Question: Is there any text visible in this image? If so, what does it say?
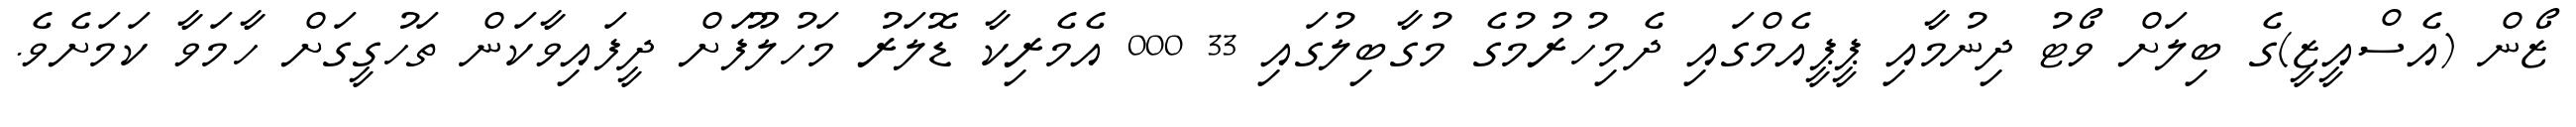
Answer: ޒޯން (އެސްއީޒީ)ގެ ބިލަށް ވޯޓު ދިނުމާއި ޕީޕީއެމްގައި ދެމިހުރުމުގެ މުގާބިލުގައި 33 000 އެމެރިކާ ޑޮލަރު މަހުލޫފަށް ދީފައިވާކަން ތަހުގީގަށް ހާމަވާ ކަމަށެވެ.